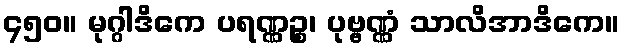
၄၅၀။ မုဂ္ဂါဒိကေ ပရဏ္ဏဉ္စ၊ ပုဗ္ဗဏ္ဏံ သာလိအာဒိကေ။